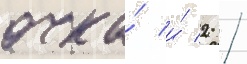
очка́ и́ 2 /